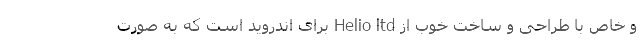
و خاص با طراحی و ساخت خوب از Helio ltd برای اندروید است که به صورت